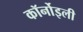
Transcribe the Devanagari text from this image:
कॉर्नोइली